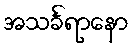
အသင်္ခရာနော